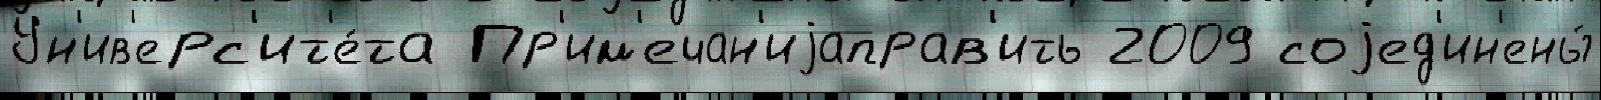
Ун'ив'ерс'ит'е́та Пр'им'ечан'иjаправ'ить 2009 соjед'ин'ены́